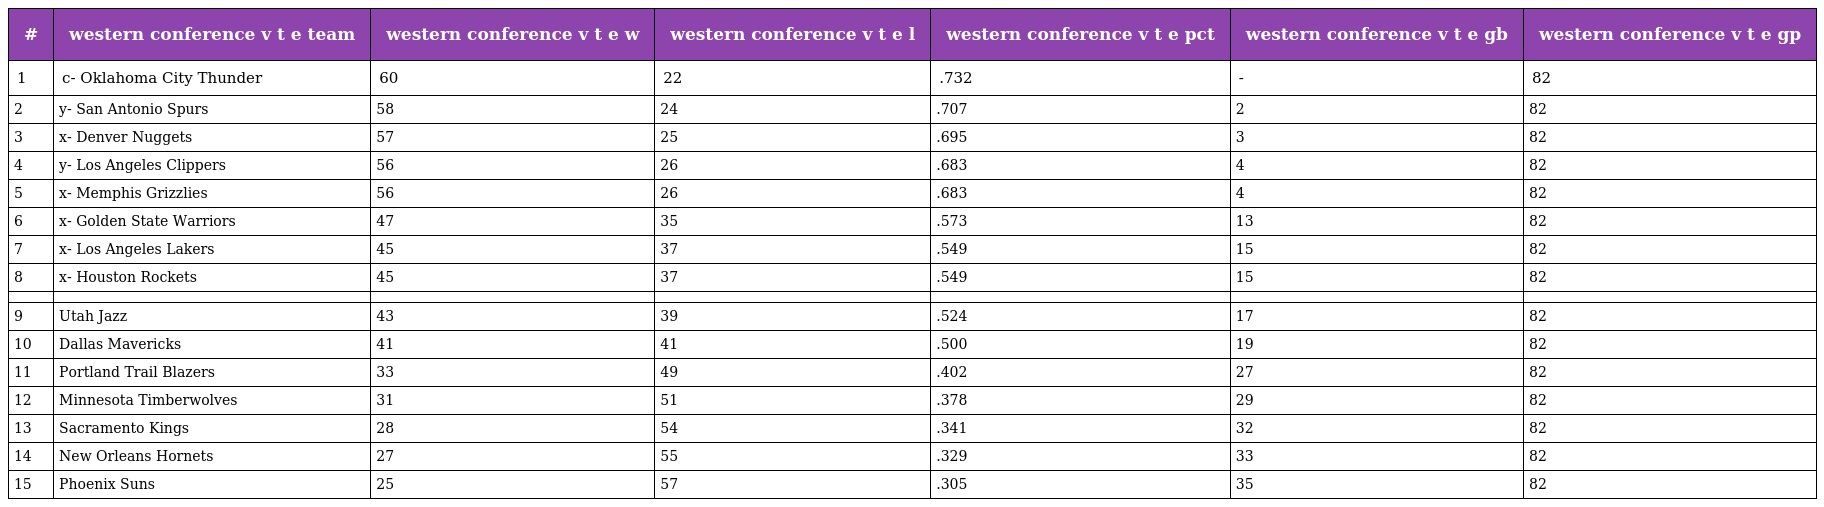
| # | western conference v t e team | western conference v t e w | western conference v t e l | western conference v t e pct | western conference v t e gb | western conference v t e gp |
 | --- | --- | --- | --- | --- | --- | --- |
 | 1 | c- Oklahoma City Thunder | 60 | 22 | .732 | - | 82 |
 | 2 | y- San Antonio Spurs | 58 | 24 | .707 | 2 | 82 |
 | 3 | x- Denver Nuggets | 57 | 25 | .695 | 3 | 82 |
 | 4 | y- Los Angeles Clippers | 56 | 26 | .683 | 4 | 82 |
 | 5 | x- Memphis Grizzlies | 56 | 26 | .683 | 4 | 82 |
 | 6 | x- Golden State Warriors | 47 | 35 | .573 | 13 | 82 |
 | 7 | x- Los Angeles Lakers | 45 | 37 | .549 | 15 | 82 |
 | 8 | x- Houston Rockets | 45 | 37 | .549 | 15 | 82 |
 |  |  |  |  |  |  |  |
 | 9 | Utah Jazz | 43 | 39 | .524 | 17 | 82 |
 | 10 | Dallas Mavericks | 41 | 41 | .500 | 19 | 82 |
 | 11 | Portland Trail Blazers | 33 | 49 | .402 | 27 | 82 |
 | 12 | Minnesota Timberwolves | 31 | 51 | .378 | 29 | 82 |
 | 13 | Sacramento Kings | 28 | 54 | .341 | 32 | 82 |
 | 14 | New Orleans Hornets | 27 | 55 | .329 | 33 | 82 |
 | 15 | Phoenix Suns | 25 | 57 | .305 | 35 | 82 |